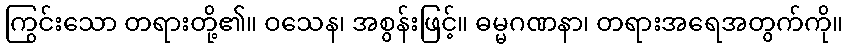
ကြွင်းသော တရားတို့၏။ ဝသေန၊ အစွန်းဖြင့်။ ဓမ္မဂဏနာ၊ တရားအရေအတွက်ကို။